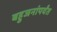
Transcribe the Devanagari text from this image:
बहुजनांपर्यंत